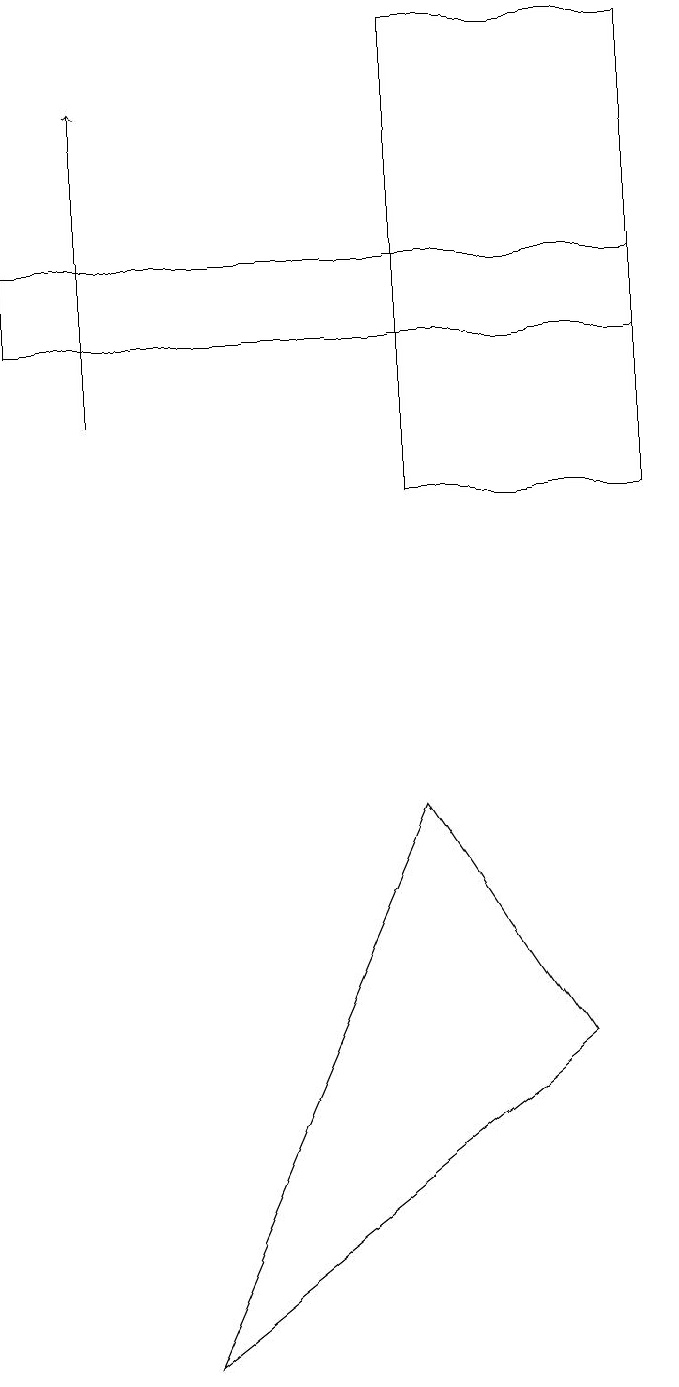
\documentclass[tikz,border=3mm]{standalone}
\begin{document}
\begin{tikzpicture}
\draw (8,15) rectangle (0,14);
\draw (5,12) rectangle (8,18);
\draw (2,1) -- (5,8) -- (7,5) -- cycle;
\draw[->] (1,13) -- (1,17);
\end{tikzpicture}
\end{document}